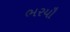
ભરયૌ